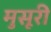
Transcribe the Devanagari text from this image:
मुसूरी